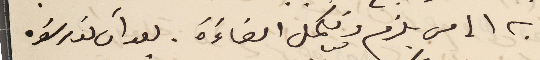
به الى من يلزم ونكمل امضاءَه . بعد آن تدرسَوه